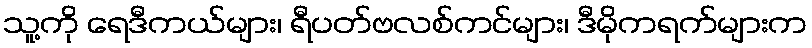
သူ့ကို ရေဒီကယ်များ၊ ရီပတ်ဗလစ်ကင်များ၊ ဒီမိုကရက်များက